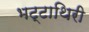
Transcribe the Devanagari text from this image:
भट्टाथिरी